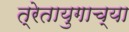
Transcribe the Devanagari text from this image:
त्रेतायुगाच्या